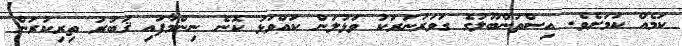
ކަމެއް ކަމަށެވެ. އިސްތަންބޫލުގެ ގަވަރުނަރަކު ވަޅުލަން ކައްވަޅު ކޮނެ ނިންމާފައި ޤަބުރު ތިރިކުރަން